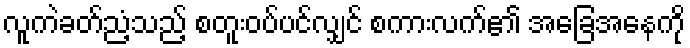
လူကဲခတ်ညံ့သည့် စတူးဝပ်ပင်လျှင် စကားလက်၏ အခြေအနေကို